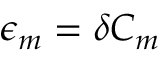
\epsilon _ { m } = \delta C _ { m }